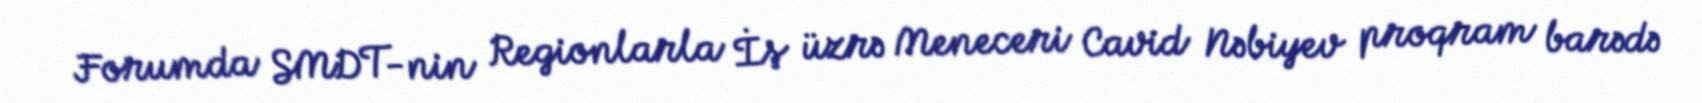
Forumda SMDT-nin Regionlarla İş üzrə Meneceri Cavid Nəbiyev proqram barədə